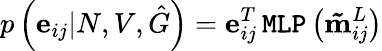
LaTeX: p\left(\mathbf{e}_{ij}|N,V,\hat{G}\right)=\mathbf{e}_{ij}^{T}\, \texttt{MLP}\left(\mathbf{\tilde{m}}_{ij}^{L}\right)